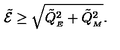
\tilde { \cal E } \geq \sqrt { { \tilde { Q } _ { _ { E } } } ^ { 2 } + { \tilde { Q } _ { _ { M } } } ^ { 2 } } .